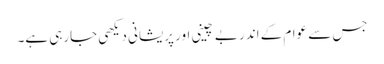
جس سے عوام کے اندر بے چینی اور پریشانی دیکھی جارہی ہے۔